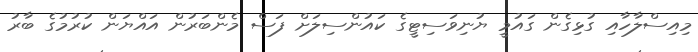
މިއިސްލާހާއި ގުޅިގެން ގައުމީ ޔުނިވަސިޓީގެ ކައުންސިލަށް ފަސް މެންބަރުން އައްޔަން ކުރުމުގެ ބާރު